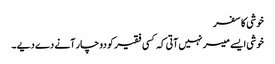
خوشی کا سفر
خوشی ایسے میسر نہیں آتی کہ کسی فقیر کو دو چار آنے دے دیے ۔